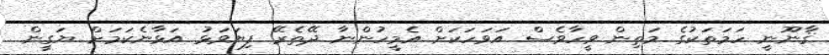
ޤާނޫނީ ހަމަތަކުގެ މަތިން ވީހާވެސް އަވަހަކަށް އެމީހުންނާ ދޭތެރޭ ފިޔަވަޅު އަޅާނެކަމަށް ޔަގީން